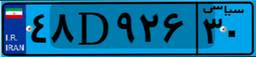
۴۸D۹۲۶۳۰